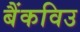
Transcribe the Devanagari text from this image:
बैंकविउ